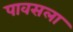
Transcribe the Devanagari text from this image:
पावसला